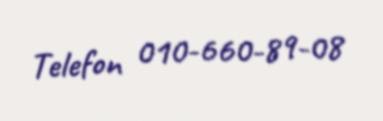
Telefon 010-660-89-08